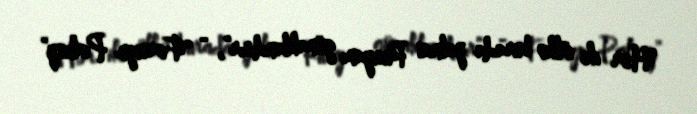
“Hər iki ölkə burada yalnız Rusiyanı günahlandırır”, - “Foreign Policy”